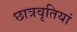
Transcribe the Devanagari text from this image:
छात्रवृतियां